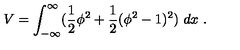
V = \int _ { - \infty } ^ { \infty } ( { \frac { 1 } { 2 } } \phi ^ { 2 } + { \frac { 1 } { 2 } } ( \phi ^ { 2 } - 1 ) ^ { 2 } ) \ d x \ .